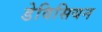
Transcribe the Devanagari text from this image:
डेविसियन